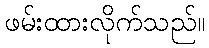
ဖမ်းထားလိုက်သည်။